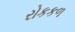
રોકકળ